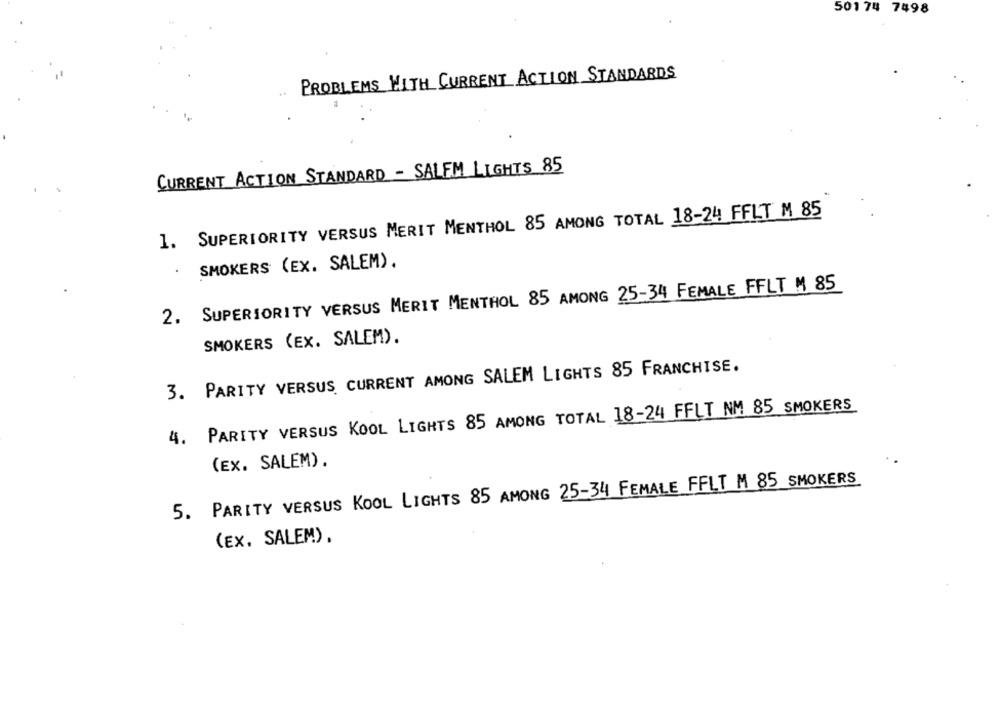
50174 7498
PROBLEMS WITH CURRENT ACTION STANDARDS
CURRENT ACTION STANDARD - SALEM LIGHTS 85
1. SUPERIORITY VERSUS MERIT MENTHOL 85 AMONG TOTAL 18-24 FFLT M 85
SMOKERS (EX. SALEM).
2. SUPERIORITY VERSUS MERIT MENTHOL 85 AMONG 25-34 FEMALE FFLT M 85
SMOKERS (EX. SALEM).
3. PARITY VERSUS CURRENT AMONG SALEM LIGHTS 85 FRANCHISE.
4. PARITY VERSUS KOOL LIGHTS 85 AMONG TOTAL 18-24 FFLT NM 85 SMOKERS
(EX. SALEM) .
5. PARITY VERSUS KOOL LIGHTS 85 AMONG 25-34 FEMALE FFLT M 85 SMOKERS
(EX. SALEM).